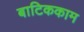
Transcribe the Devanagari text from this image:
बाटिककाम